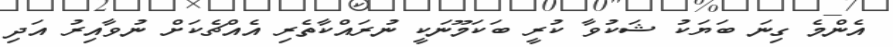
އެންމެ ގިނަ ބަޔަކު ޝަކުވާ ކުރީ ބަކަމޫނަކީ ނުރައްކާތެރި އެއްޗެކަށް ނުވާއިރު އަދި